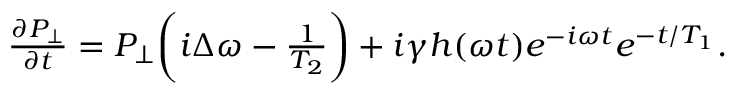
\begin{array} { r } { \frac { \partial P _ { \perp } } { \partial t } = P _ { \perp } \bigg ( i \Delta \omega - \frac { 1 } { T _ { 2 } } \bigg ) + i \gamma h ( \omega t ) e ^ { - i \omega t } e ^ { - t / T _ { 1 } } . } \end{array}